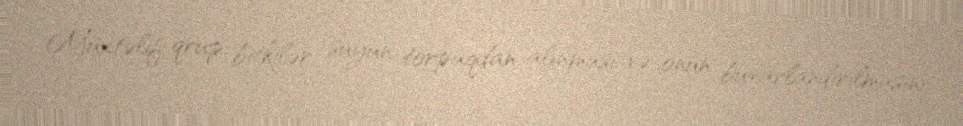
Müxtəlif qrup bitkilər suyun torpaqdan alınması və onun buxarlandırılmasını